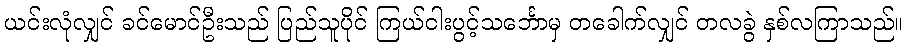
ယင်းလုံလျှင် ခင်မောင်ဦးသည် ပြည်သူပိုင် ကြယ်ငါးပွင့်သင်္ဘောမှ တခေါက်လျှင် တလခွဲ နှစ်လကြာသည်။